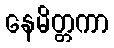
နေမိတ္တကာ